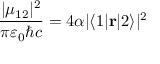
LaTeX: { \frac { | \mu _ { 1 2 } | ^ { 2 } } { \pi \varepsilon _ { 0 } \hbar c } } = 4 \alpha | \langle 1 | \mathbf { r } | 2 \rangle | ^ { 2 }